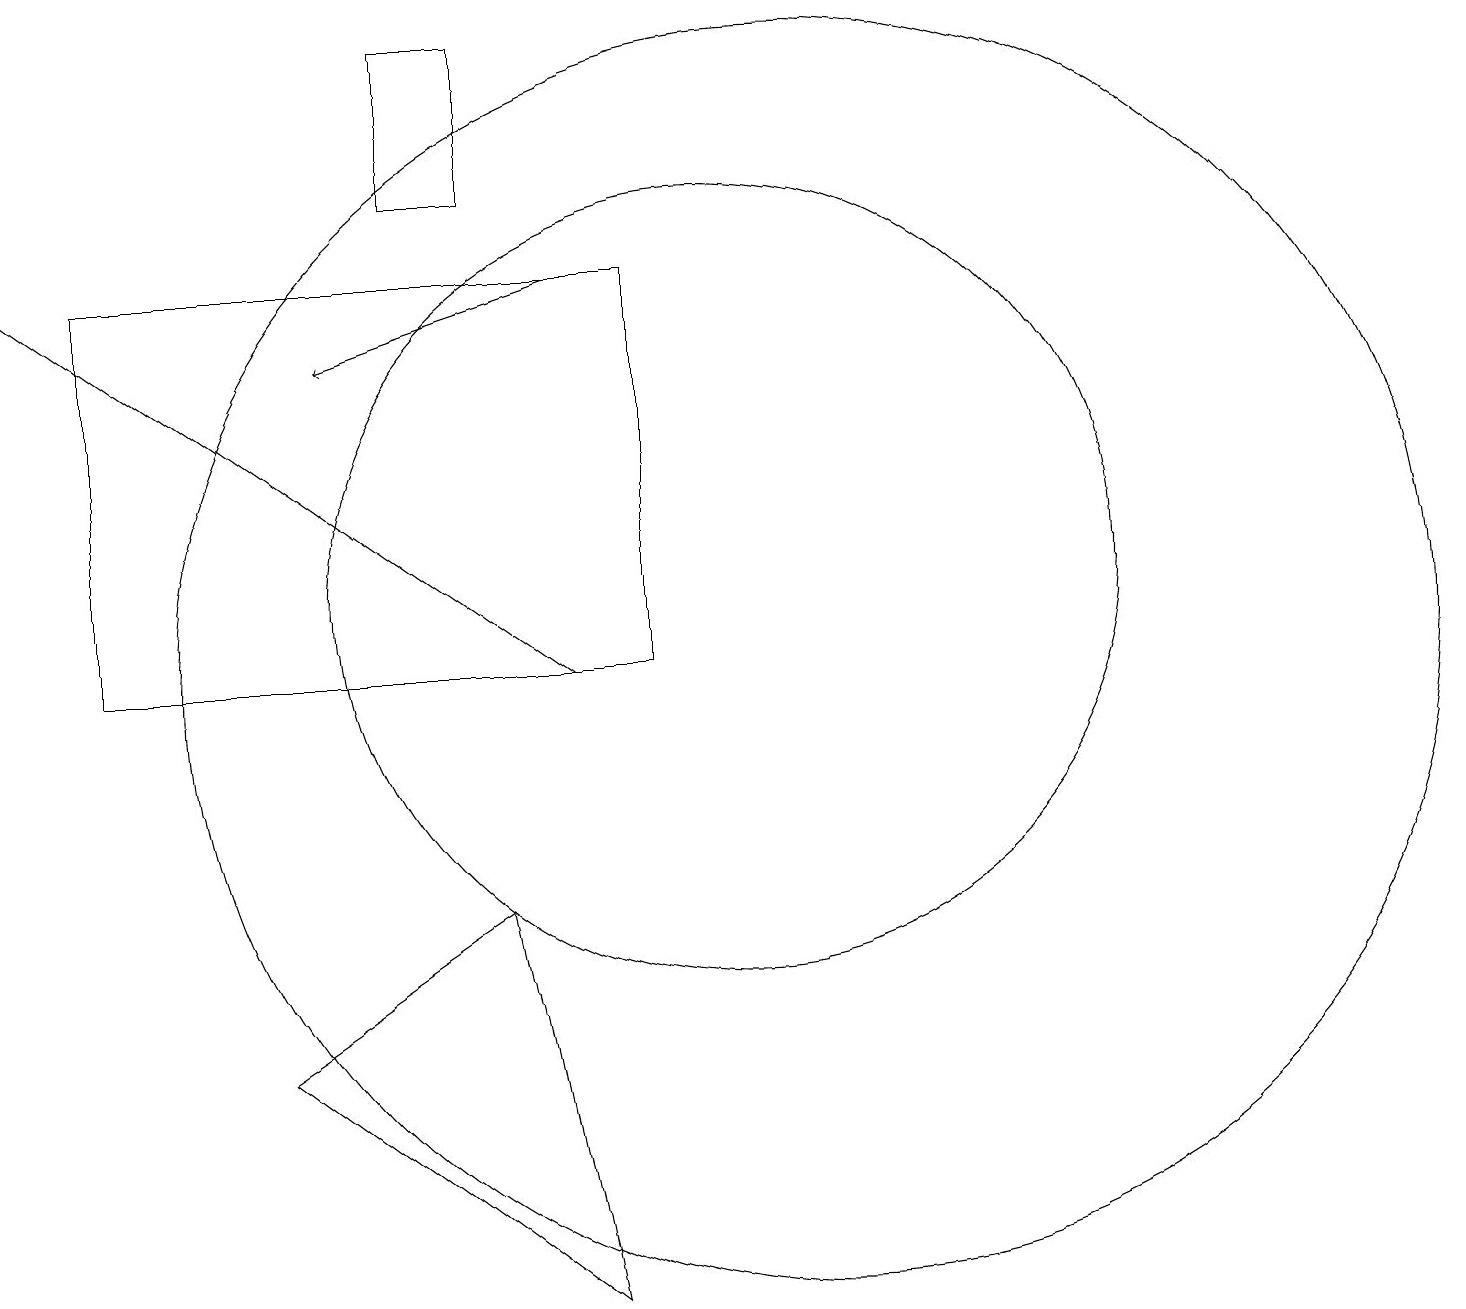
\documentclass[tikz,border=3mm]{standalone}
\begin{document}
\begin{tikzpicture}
\draw[->] (8,15) -- (5,14);
\draw (6,16) rectangle (7,18);
\draw (10,11) circle (5);
\draw (2,15) rectangle (9,10);
\draw (4,5) -- (7,7) -- (8,2) -- cycle;
\draw[->] (8,10) -- (1,15);
\draw (11,10) circle (8);
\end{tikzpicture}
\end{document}